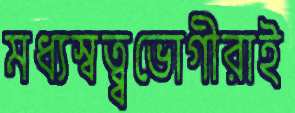
মধ্যস্বত্ব্বভোগীরাই